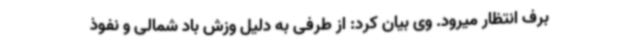
برف انتظار میرود. وی بیان کرد: از طرفی به دلیل وزش باد شمالی و نفوذ